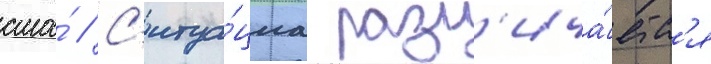
сша́ // С'итуа́циа разл'ича́етс'я